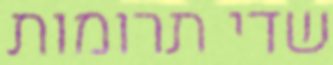
שדי תרומות